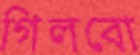
গিলবো